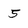
Character: 5